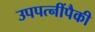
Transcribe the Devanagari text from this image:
उपपत्नींपैकी